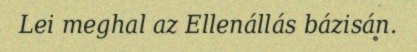
Lei meghal az Ellenállás bázisán.